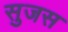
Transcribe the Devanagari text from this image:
सुजस